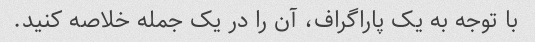
با توجه به یک پاراگراف، آن را در یک جمله خلاصه کنید.